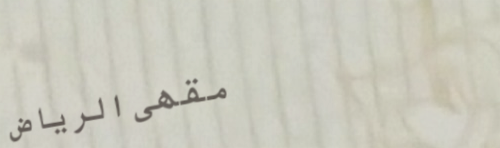
مقهى الرياض